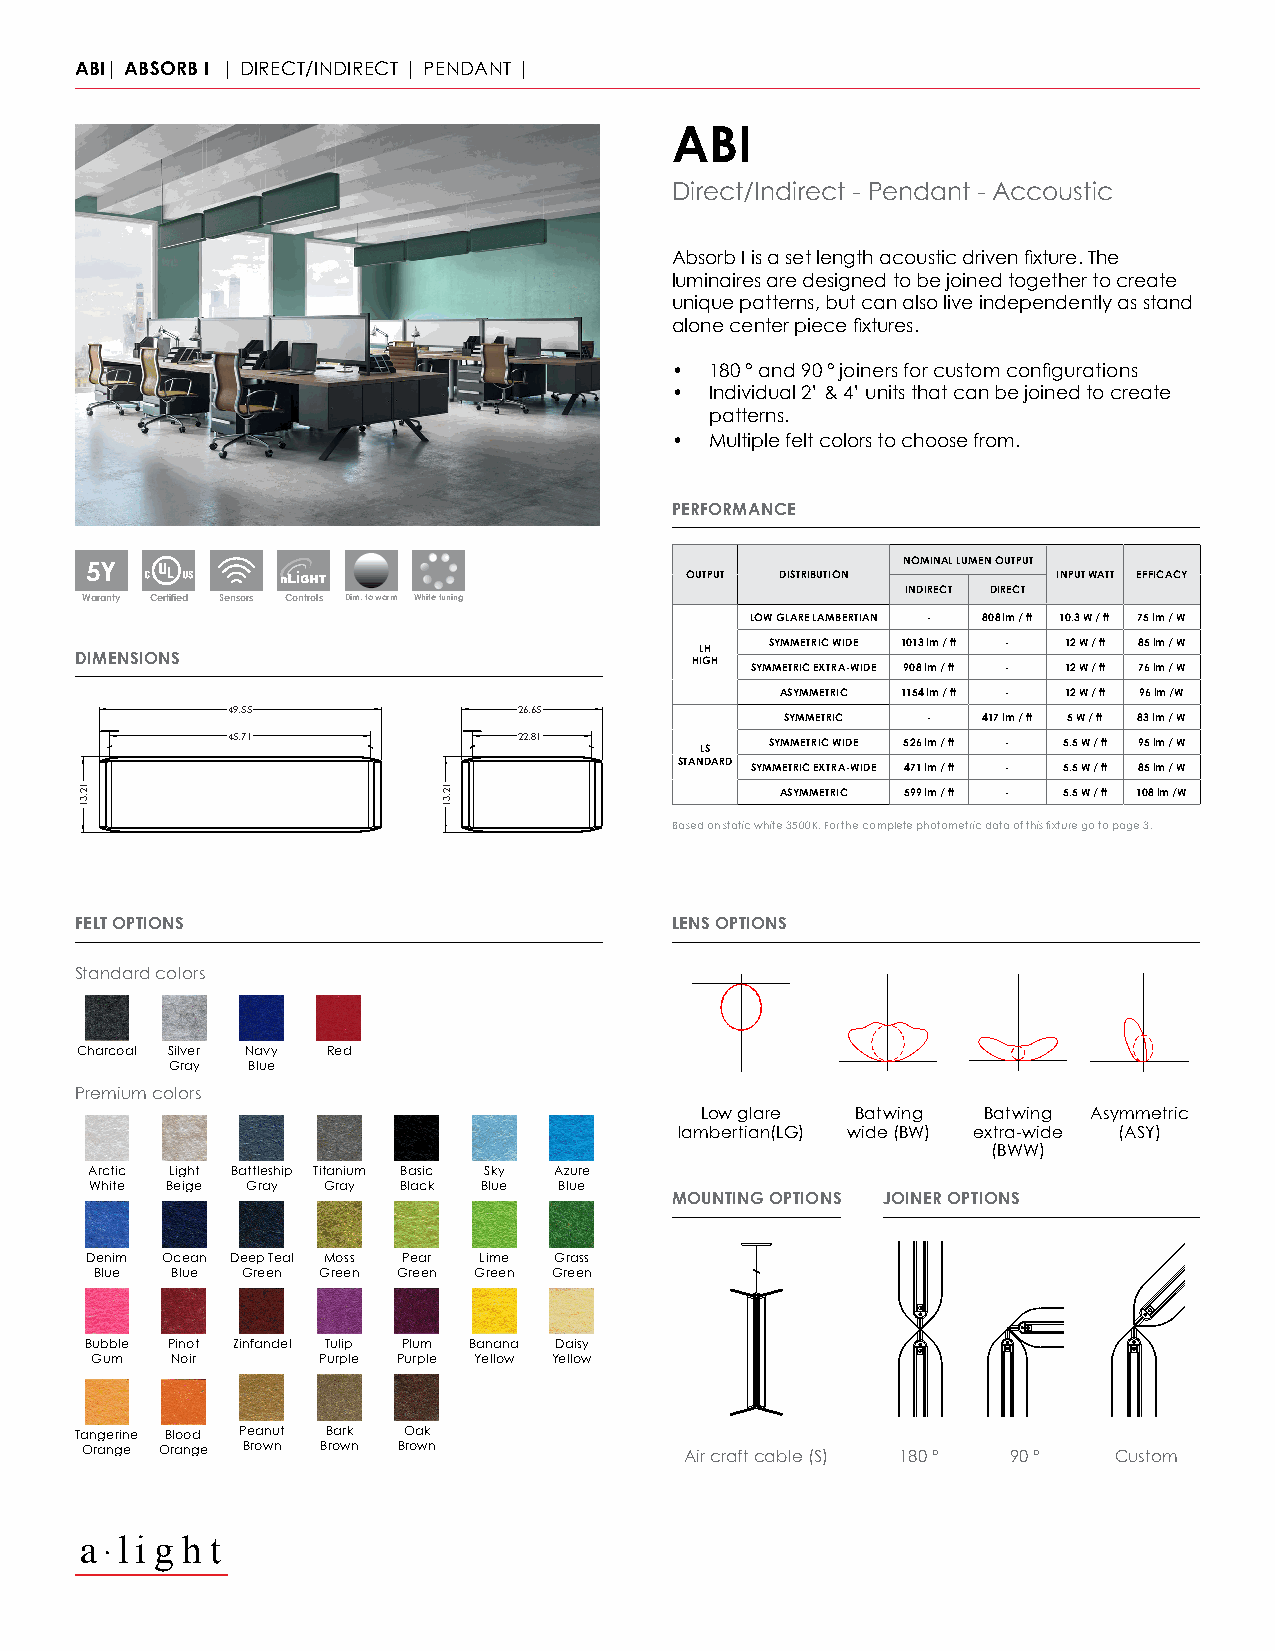
ABI| ABSORB I | DIRECT/INDIRECT | PENDANT |
 ABI
 Direct/Indirect - Pendant - Accoustic
 Absorb I is a set length acoustic driven fixture. The
 luminaires are designed to be joined together to create
 unique patterns, but can also live independently as stand
 alone center piece fixtures.
 •  180 ° and 90 ° joiners for custom configurations
 •  Individual 2’ & 4’ units that can be joined to create
 patterns.
 •  Multiple felt colors to choose from.
 PERFORMANCE
 WET  5Y                                                    NOMINAL LUMEN OUTPUT
 OUTPUT DISTRIBUTION      INPUT WATT EFFICACY
 INDIRECT DIRECT
 Waranty Certified Sensors Controls Dim. to warm White tuning
 LOW GLARE LAMBERTIAN - 808 lm / ft 10.3 W / ft 75 lm / W
 SYMMETRIC WIDE 1013 lm / ft - 12 W / ft 85 lm / W
 LH
 DIMENSIONS                               HIGH
 SYMMETRIC EXTRA-WIDE 908 lm / ft - 12 W / ft 76 lm / W
 ASYMMETRIC 1154 lm / ft - 12 W / ft 96 lm /W
 49.55              26.65
 SYMMETRIC -  417 lm / ft 5 W / ft 83 lm / W
 45.71              22.81            SYMMETRIC WIDE 526 lm / ft - 5.5 W / ft 95 lm / W
 LS
 STANDARD
 SYMMETRIC EXTRA-WIDE 471 lm / ft - 5.5 W / ft 85 lm / W
 ASYMMETRIC 599 lm / ft - 5.5 W / ft 108 lm /W
 Based on static white 3500K. For the complete photometric data of this fixture go to page 3.
 FELT OPTIONS                           LENS OPTIONS
 Standard colors
 Charcoal Silver Navy Red
 Gray Blue
 Premium colors
 Low glare  Batwing Batwing Asymmetric
 lambertian(LG) wide (BW) extra-wide (ASY)
 (BWW)
 Arctic Light Battleship Titanium Basic Sky Azure
 White Beige Gray Gray Black Blue Blue
 MOUNTING OPTIONS JOINER OPTIONS
 Denim Ocean Deep Teal Moss Pear Lime Grass
 Blue Blue Green Green Green Green Green
 Bubble Pinot Zinfandel Tulip Plum Banana Daisy
 Gum  Noir      Purple Purple Yellow Yellow
 Tangerine Blood Peanut Bark Oak
 Orange Orange Brown Brown Brown         Air craft cable (S) 180 ° 90 ° Custom
 l i g h t
 12.31                   12.31